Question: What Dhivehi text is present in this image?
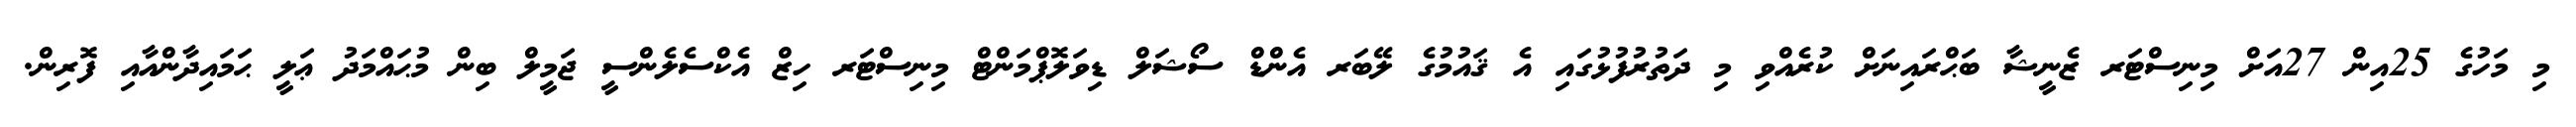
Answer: މި މަހުގެ 25އިން 27އަށް މިނިސްޓަރ ޒެނީޝާ ބަޙްރައިނަށް ކުރެއްވި މި ދަތުރުފުޅުގައި އެ ޤައުމުގެ ލޭބަރ އެންޑް ސޯޝަލް ޑިވަލޮޕްމަންޓް މިނިސްޓަރ ހިޒް އެކްސެލެންސީ ޖަމީލް ބިން މުޙައްމަދު ޢަލީ ޙަމައިދާންއާއި ފޮރިން.